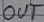
Text: OUT